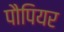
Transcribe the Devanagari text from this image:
पौपियर